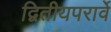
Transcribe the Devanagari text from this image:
द्वितीयपरार्वे